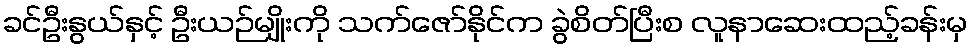
ခင်ဦးနွယ်နှင့် ဦးယဉ်မျိုးကို သက်ဇော်နိုင်က ခွဲစိတ်ပြီးစ လူနာဆေးထည့်ခန်းမှ